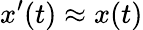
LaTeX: x^{\prime}(t)\approx x(t)